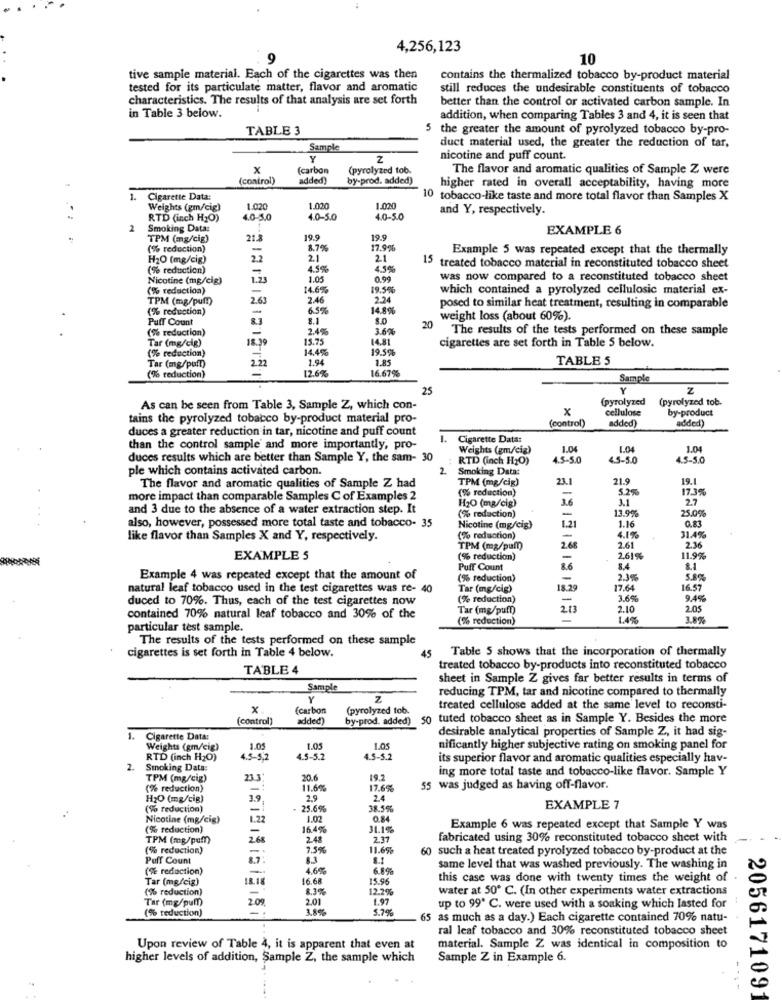
4,256,123
10
tive sample material. Each of the cigarettes was then
contains the thermalized tobacco by-product material
tested for its particulate matter, flavor and aromatic
still reduces the undesirable constituents of tobacco
characteristics. The results of that analysis are set forth
better than the control or activated carbon sample. In
in Table 3 below.
addition, when comparing Tables 3 and 4, it is seen that
TABLE 3
5
the greater the amount of pyrolyzed tobacco by-pro-
Sample
duct material used, the greater the reduction of tar,
Z
nicotine and puff count.
x
(carbon
(pyrolyzed tob.
The flavor and aromatic qualities of Sample Z were
(control)
added)
by-prod. added)
higher rated in overall acceptability, having more
Cigarette Data:
10 tobacco-like taste and more total flavor than Samples X
Weights (gm/cig)
1.020
1.020
1.020
and Y, respectively.
RTD (inch H2O)
4.0-5,0
4.0-5.0
4.0-5.0
2
Smoking Data:
EXAMPLE 6
TPM (mg/cig)
21.8
19.9
19.9
(% reduction)
-
8.7%
17.996
Example 5 was repeated except that the thermally
H20 (mg/cig)
2.2
2.1
2.1
(% reduction)
-
4.5%
4.5%
15 treated tobacco material in reconstituted tobacco sheet
Nicotine (mg/cig)
1.05
0.99
was now compared to a reconstituted tobacco sheet
(% reduction)
14.6%
19.59%
which contained a pyrolyzed cellulosic material ex-
TPM (mg/puf!)
2.6
2.46
2.24
(% reduction)
6.5%
14.8%
posed to similar heat treatment, resulting in comparable
Puff Count
8.1
weight loss (about 60%).
(% reduction)
2.4%
3.60%
20
The results of the tests performed on these sample
Tar (mg/cig)
18.39
15.75
14.81
(% reduction)
14.4%
19.5b
cigarettes are set forth in Table 5 below.
1.94
1.85
TABLE 5
Tar (mg/puff)
22
12.6%
(% reduction)
16.67%
Sample
25
Y
Z
(pyrolyzed
(pyrolyzed tob.
As can be seen from Table 3, Sample Z, which con-
x
cellulose
by-product
tains the pyrolyzed tobacco by-product material pro-
(control)
added)
duces a greater reduction in tar, nicotine and puff count
added)
1.
Cigarette Data:
than the control sample' and more importantly, pro-
Weights (gm/cig)
1.04
1.04
1.04
duces results which are better than Sample Y, the sam- 30
RTD (inch H2O)
4.5-5.0
4.5-5.0
4.5-5.0
ple which contains activated carbon.
2.
Smoking Data:
TPM (mg/cig)
21.9
19.1
The flavor and aromatic qualities of Sample Z had
(% reduction)
5.2%
17.3%
more impact than comparable Samples C of Examples 2
=
3.6
3.1
2.7
and 3 due to the absence of a water extraction step. It
H2O (mg/cig)
13.9%
25.0%
also, however, possessed more total taste and tobacco- 35
(% reduction)
-
Nicotine (mg/cig)
1.21
1.16
31.4%
like flavor than Samples X and Y, respectively.
(% reduction)
-
4.1%
TPM (mg/pull)
2.68
2.61
2.36
EXAMPLE S
(% reduction)
2.61%
11.9%%
Puff Count
84
8.1
Example 4 was repeated except that the amount of
(% reduction)
-
2.39
5.8%
natural leaf tobacco used in the test cigarettes was re- 40
Tar (mg/cig)
18.29
17.64
16.57
duced to 70%. Thus, each of the test cigarettes now
(% reduction)
-
3.6%
9.4%
Tar (mg/puff)
213
2.10
2.05
contained 70% natural leaf tobacco and 30% of the
(% reduction)
1.4%
3.8%
particular test sample.
The results of the tests performed on these sample
45
Table 5 shows that the incorporation of thermally
cigarettes is set forth in Table 4 below.
TABLE 4
treated tobacco by-products into reconstituted tobacco
sheet in Sample Z gives far better results in terms of
Sample
reducing TPM, tar and nicotine compared to thermally
Y
x.
(carbon
(pyrolyzed tob.
treated cellulose added at the same level to reconsti-
(control)
added)
by-prod. added)
50 tuted tobacco sheet as in Sample Y. Besides the more
desirable analytical properties of Sample Z, it had sig-
1. Cigarette Data:
Weights (gm/cig)
1.05
1.05
1.05
nificantly higher subjective rating on smoking panel for
RTD (inch H2O)
4.5-5,2
4.5-5.2
4.5-5.2
its superior flavor and aromatic qualities especially hav-
2.
Smoking Data:
ing more total taste and tobacco-like flavor. Sample Y
TPM (mg/cig)
23.3
20.6
19.2
(% reduction)
11.6%
17.6%
55 was judged as having off-flavor
H2O (mg/cig)
3.9
2.9
2.4
(% reduction)
-!
- 25.6%
38.5%
EXAMPLE 7
Nicotine (mg/cig)
1.22
1.02
0.84
(% reduction)
-
16.4%
31.19
Example 6 was repeated except that Sample Y was
TPM (mg/puff)
26
2.48
2.37
fabricated using 30% reconstituted tobacco sheet with
(% reduction)
7.5%
11.6%
60 such a heat treated pyrolyzed tobacco by-product at the
Puff Count
8.7:
83
(% reduction)
-
4.6%
6.8%%
same level that was washed previously. The washing in
Tar (mg/cig)
18.18
16.68
15.96
this case was done with twenty times the weight of
(% reduction)
8.3%
12.2%
water at 50º C. (In other experiments water extractions
Tar (mg/pull)
2.09.
2.01
1.97
(% reduction)
3.8%
5.7%
up to 99º C. were used with a soaking which lasted for
65 as much as a day.) Each cigarette contained 70% natu-
ral leaf tobacco and 30% reconstituted tobacco sheet
Upon review of Table 4, it is apparent that even at
material. Sample Z was identical in composition to
higher levels of addition, Sample Z, the sample which
Sample Z in Example 6.
2056171091